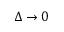
\Delta \rightarrow 0